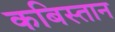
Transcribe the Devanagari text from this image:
कबिस्तान